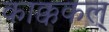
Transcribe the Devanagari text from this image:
काक्ककल्